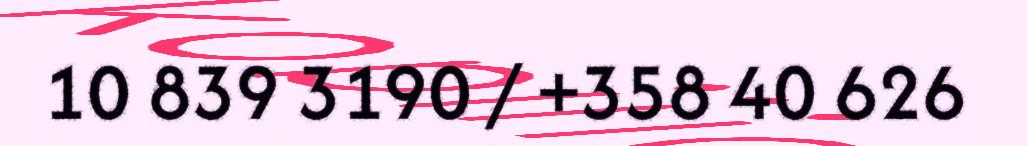
10 839 3190 / +358 40 626